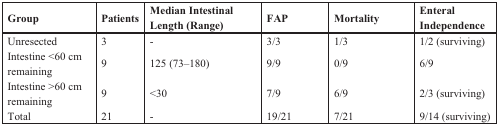
| Group | Patients | Median Intestinal Length (Range) | FAP | Mortality | Enteral Independence |
 | --- | --- | --- | --- | --- | --- |
 | Unresected | 3 | - | 3/3 | 1/3 | 1/2 (surviving) |
 | Intestine <60 cm remaining | 9 | 125 (73–180) | 9/9 | 0/9 | 6/9 |
 | Intestine >60 cm remaining | 9 | <30 | 7/9 | 6/9 | 2/3 (surviving) |
 | Total | 21 | - | 19/21 | 7/21 | 9/14 (surviving) |